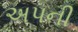
અપની